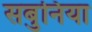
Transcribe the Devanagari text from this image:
सबुनिया